Annual report on the working of the lock hospitals in the Central Provinces
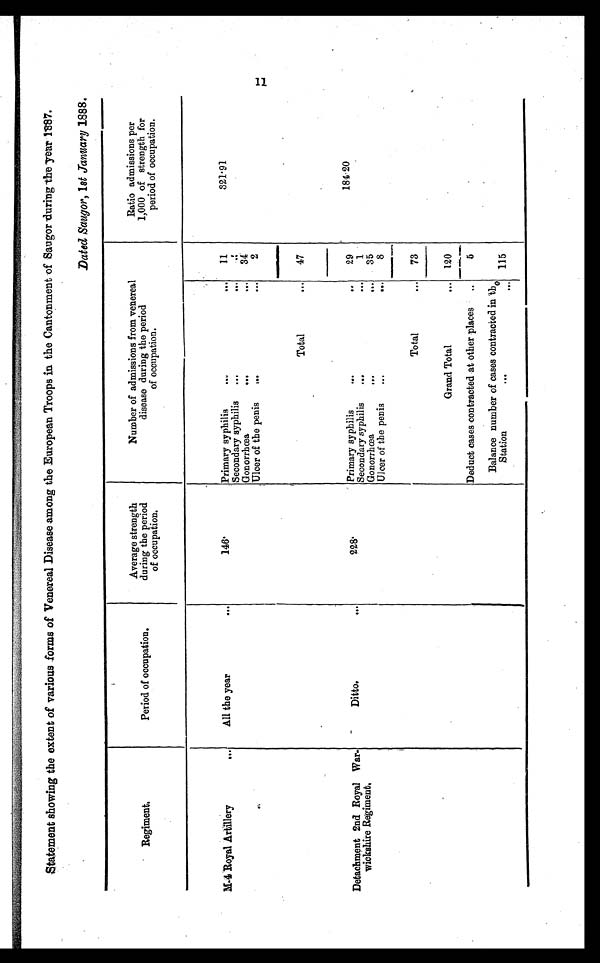
Statement showing the extent of various forms of Venereal Disease among the European Troops in the Cantonment of Saugor during the Tear 1887.
Dated Saugor,1st January 1888.
Regiment.
Period of occupation.
Average strength
during the period
of occupation.
Number of admissions from venereal
disease during the period
of occupation.
Ratio admissions per
1,000 of strength for
period of occupation.
M - 4 R o y a l A r t i l l e r y . . .
All the year
...
1 4 6 .
Primary syphilis
...
...
11
3 2 1 . 9 1
Secondary syphilis
...
...
. . .
Gonorrhœa
...
...
34
Ulcer of the penis
...
...
2
Total
...
47
Detachment 2nd Royal War-
wickshire Regiment.
Ditto.
228
Primary syphilis
...
..
29
184.20
Secondary syphilis
...
...
1
Gonorrhœa
...
...
35
Ulcer of the penis
...
...
8
Total
...
73
Grand Total
...
120
Deduct cases contracted at other places
5
Balance number of cases contracted in the
Station
...
115
1 1